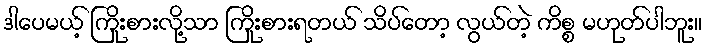
ဒါပေမယ့် ကြိုးစားလို့သာ ကြိုးစားရတယ် သိပ်တော့ လွယ်တဲ့ ကိစ္စ မဟုတ်ပါဘူး။